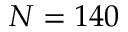
N = 1 4 0